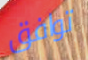
توافق